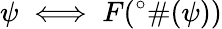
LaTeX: \psi\iff F(^{\circ}\# (\psi))